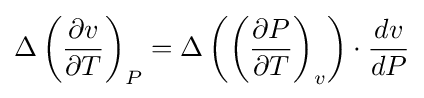
{\Delta \left({{\partial v} \over {\partial T}}\right)_{P}=\Delta \left({\left({{\partial P} \over {\partial T}}\right)_{v}}\right)\cdot {{dv} \over {dP}}}